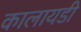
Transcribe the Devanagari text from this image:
कालायडी